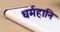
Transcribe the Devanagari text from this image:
धर्महानि